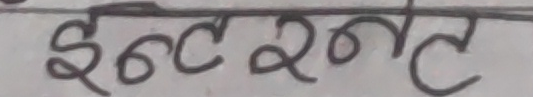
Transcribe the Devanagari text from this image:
इन्टरनेट